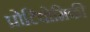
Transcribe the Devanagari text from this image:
प्रोटियोमिकी